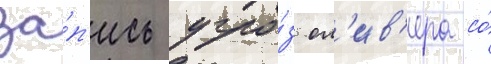
за́п'ись угро́з ол'ив'ера со́